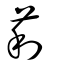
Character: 莉